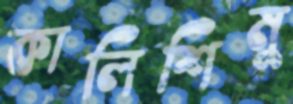
কালিশিমু